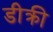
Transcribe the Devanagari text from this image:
डीक्री